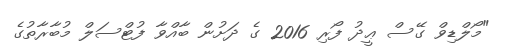
"މޯލްޑިވް ގޭސް ޢީދު ފޯރި 2016 ގެ ދަށުން ބާއްވާ ފުޓްސަލް މުބާރާތުގެ